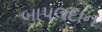
બાપલદાન